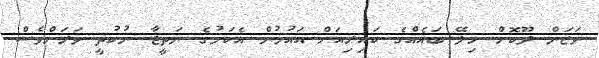
ވަޒަން ދޫކޮށް ހިލޭ ބައެއްގެ ކައިރިއަށް އައުމުން އެކަމުގެ ނަތީޖާ ނުކުތީ ވަރަށްވެސް